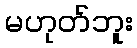
မဟုတ်ဘူး